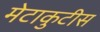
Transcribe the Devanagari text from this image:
मेटाकुटीस